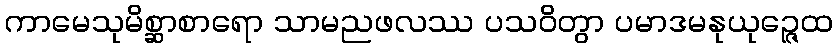
ကာမေသုမိစ္ဆာစာရော သာမညဖလဿ ပသဝိတွာ ပမာဒမနုယုဉ္ဇေထ